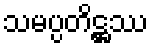
သမပ္ပတိဋ္ဌဿ